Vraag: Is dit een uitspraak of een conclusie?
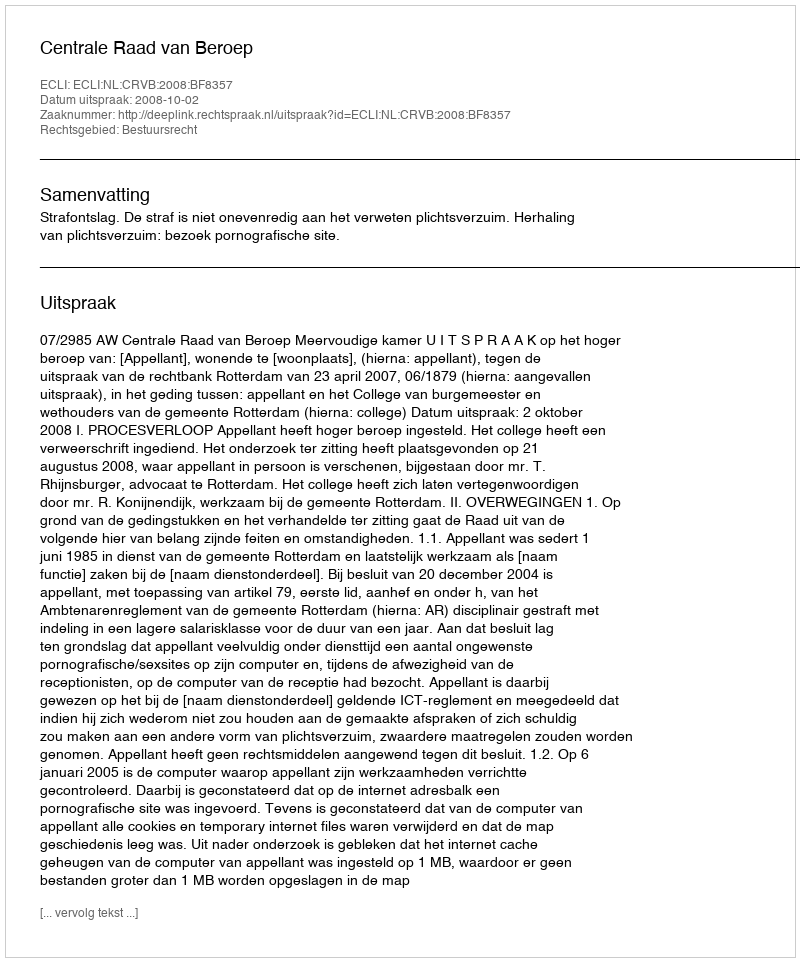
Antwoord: Uitspraak